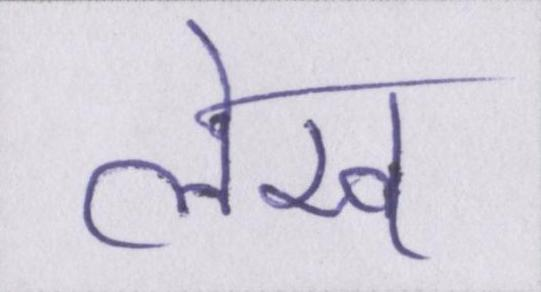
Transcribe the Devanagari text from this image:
लेख